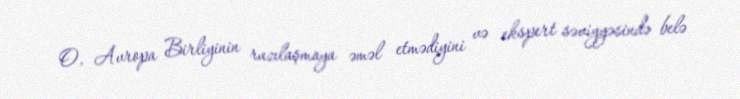
O, Avropa Birliyinin razılaşmaya əməl etmədiyini və ekspert səviyyəsində belə